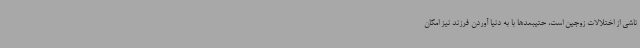
ناشی از اختلالات زوجین است، حتیبعدها با به دنیا آوردن فرزند نیز امکان